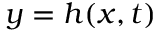
y = h ( x , t )